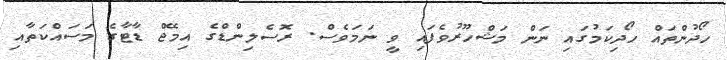
ހޯދުންތައް ހޯދިކަމުގައި ނަން މަޝްހޫރުވެފައި ވީ ނަމަވެސް. ރޮސެލިންޑްގެ އިމޭޖް ޑާޓާގެ މަސައްކަތާއި